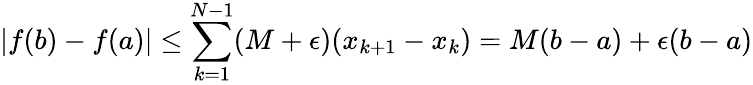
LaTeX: |f(b)-f(a)|\leq\sum_{k=1}^{N-1}(M+\epsilon)(x_{k+1}-x_{k})=M(b-a)+\epsilon(b-a)